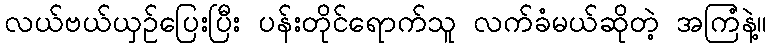
လယ်ဗယ်ယှဉ်ပြေးပြီး ပန်းတိုင်ရောက်သူ လက်ခံမယ်ဆိုတဲ့ အကြံနဲ့။